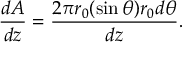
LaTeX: \frac { d A } { d z } = \frac { 2 \pi r _ { 0 } ( \sin \theta ) r _ { 0 } d \theta } { d z } .